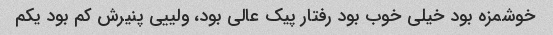
خوشمزه بود خیلی خوب بود رفتار پیک عالی بود، ولییی پنیرش کم بود یکم